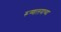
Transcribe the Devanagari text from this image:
रूग्णालयाच्या